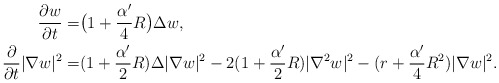
\begin{align*}\frac{\partial w}{\partial t}=&\big(1+\frac{\alpha'}{4}R\big)\Delta w, \\\frac{\partial}{\partial t}|\nabla w|^2=&(1+\frac{\alpha'}{2}R)\Delta|\nabla w|^2-2(1+\frac{\alpha'}{2}R)|\nabla^2w|^2-(r+\frac{\alpha'}{4}R^2)|\nabla w|^2.\end{align*}